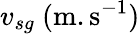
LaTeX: v_{sg}~(\mathrm{m.s^{-1}})